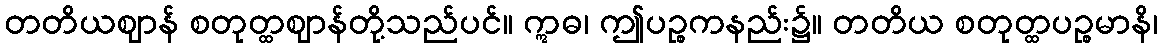
တတိယဈာန် စတုတ္ထဈာန်တို့သည်ပင်။ ဣဓ၊ ဤပဉ္စကနည်း၌။ တတိယ စတုတ္ထပဉ္စမာနိ၊